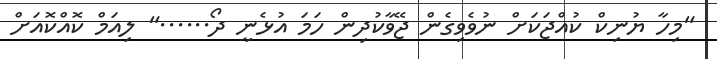
"މިހާ ޔުނިކް ކުއްޖަކަށް ނުވެވިގެން ޖޭވާކުދިން ހަމަ އުޅެނީ ދޯ......" ލިއަމް ކޮއްކޮއަށް